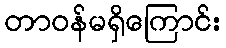
တာဝန်မရှိကြောင်း